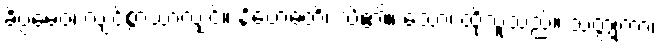
ခိပ္ပမေဝ၊ လျင်စွာသာလျှင်။ နိဗောဓတိ၊ သိ၏။ သော၊ ထိုသူသည်။ သတ္တုကာ၊